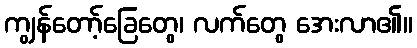
ကျွန်တော့်ခြေတွေ၊ လက်တွေ အေးလာ၏။